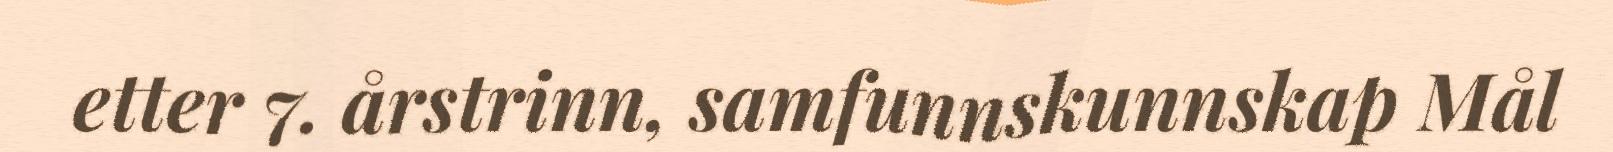
etter 7. årstrinn, samfunnskunnskap Mål